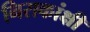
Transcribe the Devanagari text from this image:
निराकांक्षी